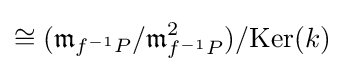
\cong ({\mathfrak {m}}_{f^{-1}P}/{\mathfrak {m}}_{f^{-1}P}^{2})/\mathrm {Ker} (k)